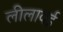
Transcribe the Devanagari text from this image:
लीलावई